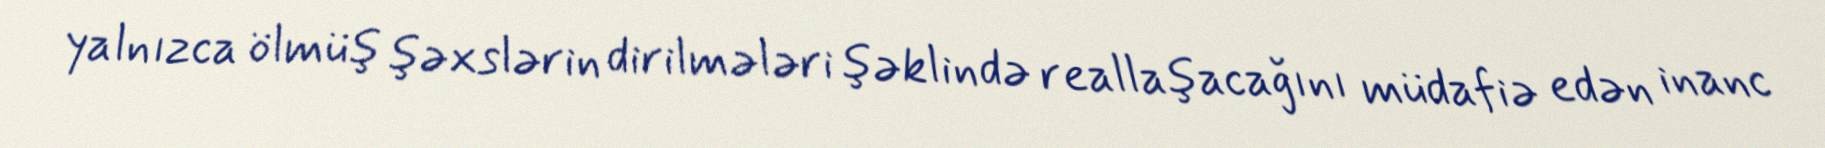
yalnızca ölmüş şəxslərin dirilmələri şəklində reallaşacağını müdafiə edən inanc